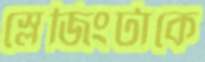
স্লেজিংটাকে